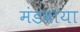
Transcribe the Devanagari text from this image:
मंडवाया